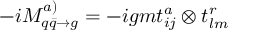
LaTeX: - i { \cal M } _ { q \bar { q } \to g } ^ { a ) } = - i g m t _ { i j } ^ { a } \otimes t _ { l m } ^ { r }